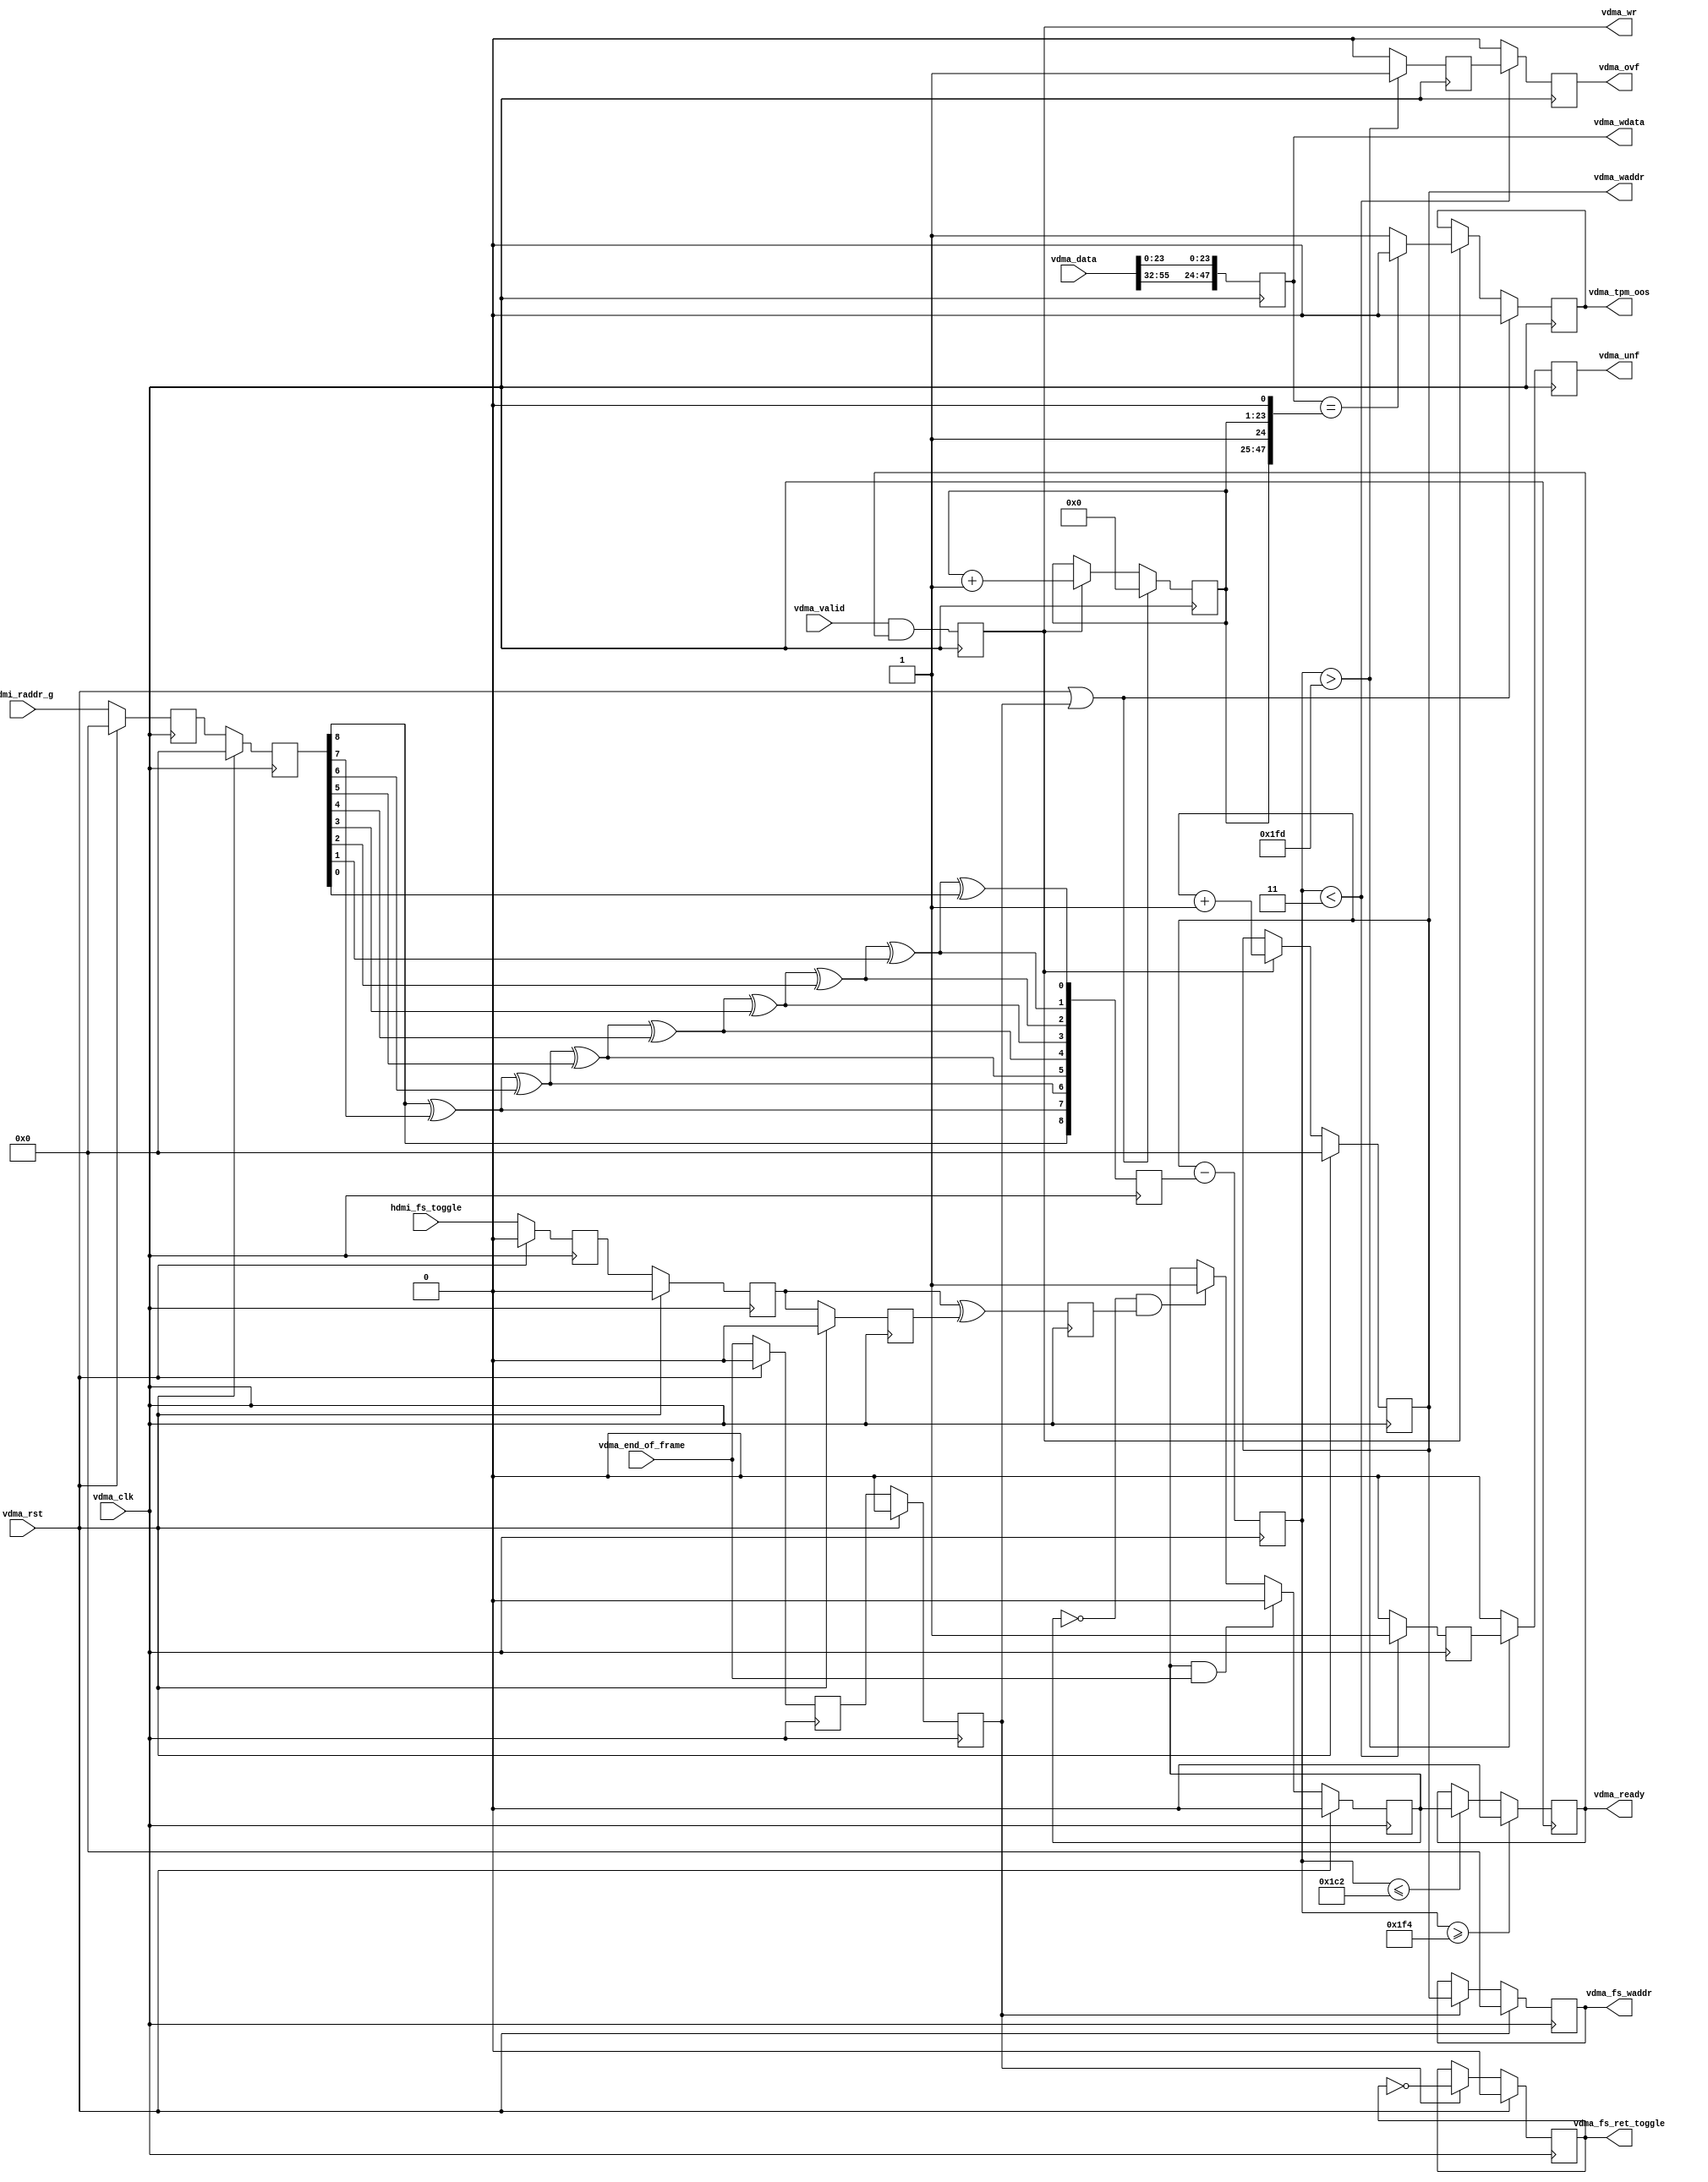
// ***************************************************************************
// ***************************************************************************
// Copyright (C) 2014-2023 Analog Devices, Inc. All rights reserved.
//
// In this HDL repository, there are many different and unique modules, consisting
// of various HDL (Verilog or VHDL) components. The individual modules are
// developed independently, and may be accompanied by separate and unique license
// terms.
//
// The user should read each of these license terms, and understand the
// freedoms and responsibilities that he or she has by using this source/core.
//
// This core is distributed in the hope that it will be useful, but WITHOUT ANY
// WARRANTY; without even the implied warranty of MERCHANTABILITY or FITNESS FOR
// A PARTICULAR PURPOSE.
//
// Redistribution and use of source or resulting binaries, with or without modification
// of this file, are permitted under one of the following two license terms:
//
//   1. The GNU General Public License version 2 as published by the
//      Free Software Foundation, which can be found in the top level directory
//      of this repository (LICENSE_GPL2), and also online at:
//      <https://www.gnu.org/licenses/old-licenses/gpl-2.0.html>
//
// OR
//
//   2. An ADI specific BSD license, which can be found in the top level directory
//      of this repository (LICENSE_ADIBSD), and also on-line at:
//      https://github.com/analogdevicesinc/hdl/blob/main/LICENSE_ADIBSD
//      This will allow to generate bit files and not release the source code,
//      as long as it attaches to an ADI device.
//
// ***************************************************************************
// ***************************************************************************
// Transmit HDMI, video dma data in, hdmi separate syncs data out.

`timescale 1ns/100ps

module axi_hdmi_tx_vdma (

  // hdmi interface

  input                   hdmi_fs_toggle,
  input       [ 8:0]      hdmi_raddr_g,

  // vdma interface

  input                   vdma_clk,
  input                   vdma_rst,
  input                   vdma_end_of_frame,
  input                   vdma_valid,
  input       [63:0]      vdma_data,
  output  reg             vdma_ready,
  output  reg             vdma_wr,
  output  reg [ 8:0]      vdma_waddr,
  output  reg [47:0]      vdma_wdata,
  output  reg             vdma_fs_ret_toggle,
  output  reg [ 8:0]      vdma_fs_waddr,
  output  reg             vdma_tpm_oos,
  output  reg             vdma_ovf,
  output  reg             vdma_unf
);

  localparam      BUF_THRESHOLD_LO = 9'd3;
  localparam      BUF_THRESHOLD_HI = 9'd509;
  localparam      RDY_THRESHOLD_LO = 9'd450;
  localparam      RDY_THRESHOLD_HI = 9'd500;

  // internal registers

  reg             vdma_fs_toggle_m1 = 1'd0;
  reg             vdma_fs_toggle_m2 = 1'd0;
  reg             vdma_fs_toggle_m3 = 1'd0;
  reg     [22:0]  vdma_tpm_data = 23'd0;
  reg     [ 8:0]  vdma_raddr_g_m1 = 9'd0;
  reg     [ 8:0]  vdma_raddr_g_m2 = 9'd0;
  reg     [ 8:0]  vdma_raddr = 9'd0;
  reg     [ 8:0]  vdma_addr_diff = 9'd0;
  reg             vdma_almost_full = 1'd0;
  reg             vdma_almost_empty = 1'd0;
  reg             hdmi_fs = 1'd0;
  reg             vdma_fs = 1'd0;
  reg             vdma_end_of_frame_d = 1'd0;
  reg             vdma_active_frame = 1'd0;

  // internal wires

  wire    [47:0]  vdma_tpm_data_s;
  wire            vdma_tpm_oos_s;
  wire    [ 9:0]  vdma_addr_diff_s;
  wire            vdma_ovf_s;
  wire            vdma_unf_s;

  // grey to binary conversion

  function [8:0] g2b;
    input [8:0] g;
    reg   [8:0] b;
    begin
      b[8] = g[8];
      b[7] = b[8] ^ g[7];
      b[6] = b[7] ^ g[6];
      b[5] = b[6] ^ g[5];
      b[4] = b[5] ^ g[4];
      b[3] = b[4] ^ g[3];
      b[2] = b[3] ^ g[2];
      b[1] = b[2] ^ g[1];
      b[0] = b[1] ^ g[0];
      g2b = b;
    end
  endfunction

  // hdmi frame sync

  always @(posedge vdma_clk) begin
    if (vdma_rst == 1'b1) begin
      vdma_fs_toggle_m1 <= 1'd0;
      vdma_fs_toggle_m2 <= 1'd0;
      vdma_fs_toggle_m3 <= 1'd0;
    end else begin
      vdma_fs_toggle_m1 <= hdmi_fs_toggle;
      vdma_fs_toggle_m2 <= vdma_fs_toggle_m1;
      vdma_fs_toggle_m3 <= vdma_fs_toggle_m2;
    end
    hdmi_fs <= vdma_fs_toggle_m2 ^ vdma_fs_toggle_m3;
  end

  // dma frame sync

  always @(posedge vdma_clk) begin
    if (vdma_rst == 1'b1) begin
      vdma_end_of_frame_d <= 1'b0;
      vdma_fs <=  1'b0;
    end else begin
      vdma_end_of_frame_d <= vdma_end_of_frame;
      vdma_fs <= vdma_end_of_frame_d;
    end
  end

  // sync dma and hdmi frames

  always @(posedge vdma_clk) begin
    if (vdma_rst == 1'b1) begin
      vdma_fs_ret_toggle = 1'b0;
      vdma_fs_waddr <= 9'b0;
    end else begin
      if (vdma_fs) begin
        vdma_fs_ret_toggle <= ~vdma_fs_ret_toggle;
        vdma_fs_waddr <= vdma_waddr ;
      end
    end
  end

  // accept new frame from dma

  always @(posedge vdma_clk) begin
    if (vdma_rst == 1'b1) begin
      vdma_active_frame <= 1'b0;
    end else begin
      if ((vdma_active_frame == 1'b1) && (vdma_end_of_frame == 1'b1)) begin
        vdma_active_frame <= 1'b0;
      end else if ((vdma_active_frame == 1'b0) && (hdmi_fs == 1'b1)) begin
        vdma_active_frame <= 1'b1;
      end
    end
  end

  // vdma write

  always @(posedge vdma_clk) begin
    vdma_wr <= vdma_valid & vdma_ready;
    if (vdma_rst == 1'b1) begin
      vdma_waddr <= 9'd0;
    end else if (vdma_wr == 1'b1) begin
      vdma_waddr <= vdma_waddr + 1'b1;
    end
    vdma_wdata <= {vdma_data[55:32], vdma_data[23:0]};
  end

  // test error conditions

  assign vdma_tpm_data_s = {vdma_tpm_data, 1'b1, vdma_tpm_data, 1'b0};
  assign vdma_tpm_oos_s = (vdma_wdata == vdma_tpm_data_s) ? 1'b0 : vdma_wr;

  always @(posedge vdma_clk) begin
    if ((vdma_rst == 1'b1) || (vdma_fs == 1'b1)) begin
      vdma_tpm_data <= 23'd0;
      vdma_tpm_oos <= 1'd0;
    end else if (vdma_wr == 1'b1) begin
      vdma_tpm_data <= vdma_tpm_data + 1'b1;
      vdma_tpm_oos <= vdma_tpm_oos_s;
    end
  end

  // overflow or underflow status

  assign vdma_addr_diff_s = {1'b1, vdma_waddr} - vdma_raddr;
  assign vdma_ovf_s = (vdma_addr_diff < BUF_THRESHOLD_LO) ? vdma_almost_full : 1'b0;
  assign vdma_unf_s = (vdma_addr_diff > BUF_THRESHOLD_HI) ? vdma_almost_empty : 1'b0;

  always @(posedge vdma_clk) begin
    if (vdma_rst == 1'b1) begin
      vdma_raddr_g_m1 <= 9'd0;
      vdma_raddr_g_m2 <= 9'd0;
    end else begin
      vdma_raddr_g_m1 <= hdmi_raddr_g;
      vdma_raddr_g_m2 <= vdma_raddr_g_m1;
    end
  end

  always @(posedge vdma_clk) begin
    vdma_raddr <= g2b(vdma_raddr_g_m2);
    vdma_addr_diff <= vdma_addr_diff_s[8:0];
    if (vdma_addr_diff >= RDY_THRESHOLD_HI) begin
      vdma_ready <= 1'b0;
    end else if (vdma_addr_diff <= RDY_THRESHOLD_LO) begin
      vdma_ready <= vdma_active_frame;
    end
    if (vdma_addr_diff > BUF_THRESHOLD_HI) begin
      vdma_almost_full <= 1'b1;
    end else begin
      vdma_almost_full <= 1'b0;
    end
    if (vdma_addr_diff < BUF_THRESHOLD_LO) begin
      vdma_almost_empty <= 1'b1;
    end else begin
      vdma_almost_empty <= 1'b0;
    end
    vdma_ovf <= vdma_ovf_s;
    vdma_unf <= vdma_unf_s;
  end

endmodule